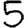
Digit: 5